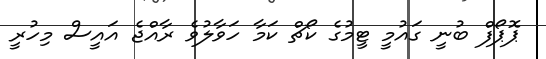
ޕޮޕޯފް ބުނީ ގައުމީ ޓީމުގެ ކޯޗް ކަމާ ހަވާލުވެ ރާއްޖެ އައީސް މިހުރީ